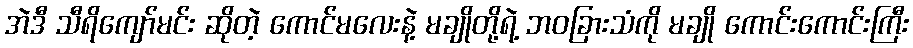
အဲဒီ သီရိကျော်မင်း ဆိုတဲ့ ကောင်မလေးနဲ့ မချိုတို့ရဲ့ ဘဝခြားသံကို မချို ကောင်းကောင်းကြီး